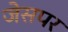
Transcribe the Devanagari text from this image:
जेसपर